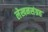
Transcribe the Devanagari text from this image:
लेखनसंग्रह